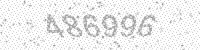
Solution: 486996